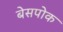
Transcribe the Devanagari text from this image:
बेसपोक